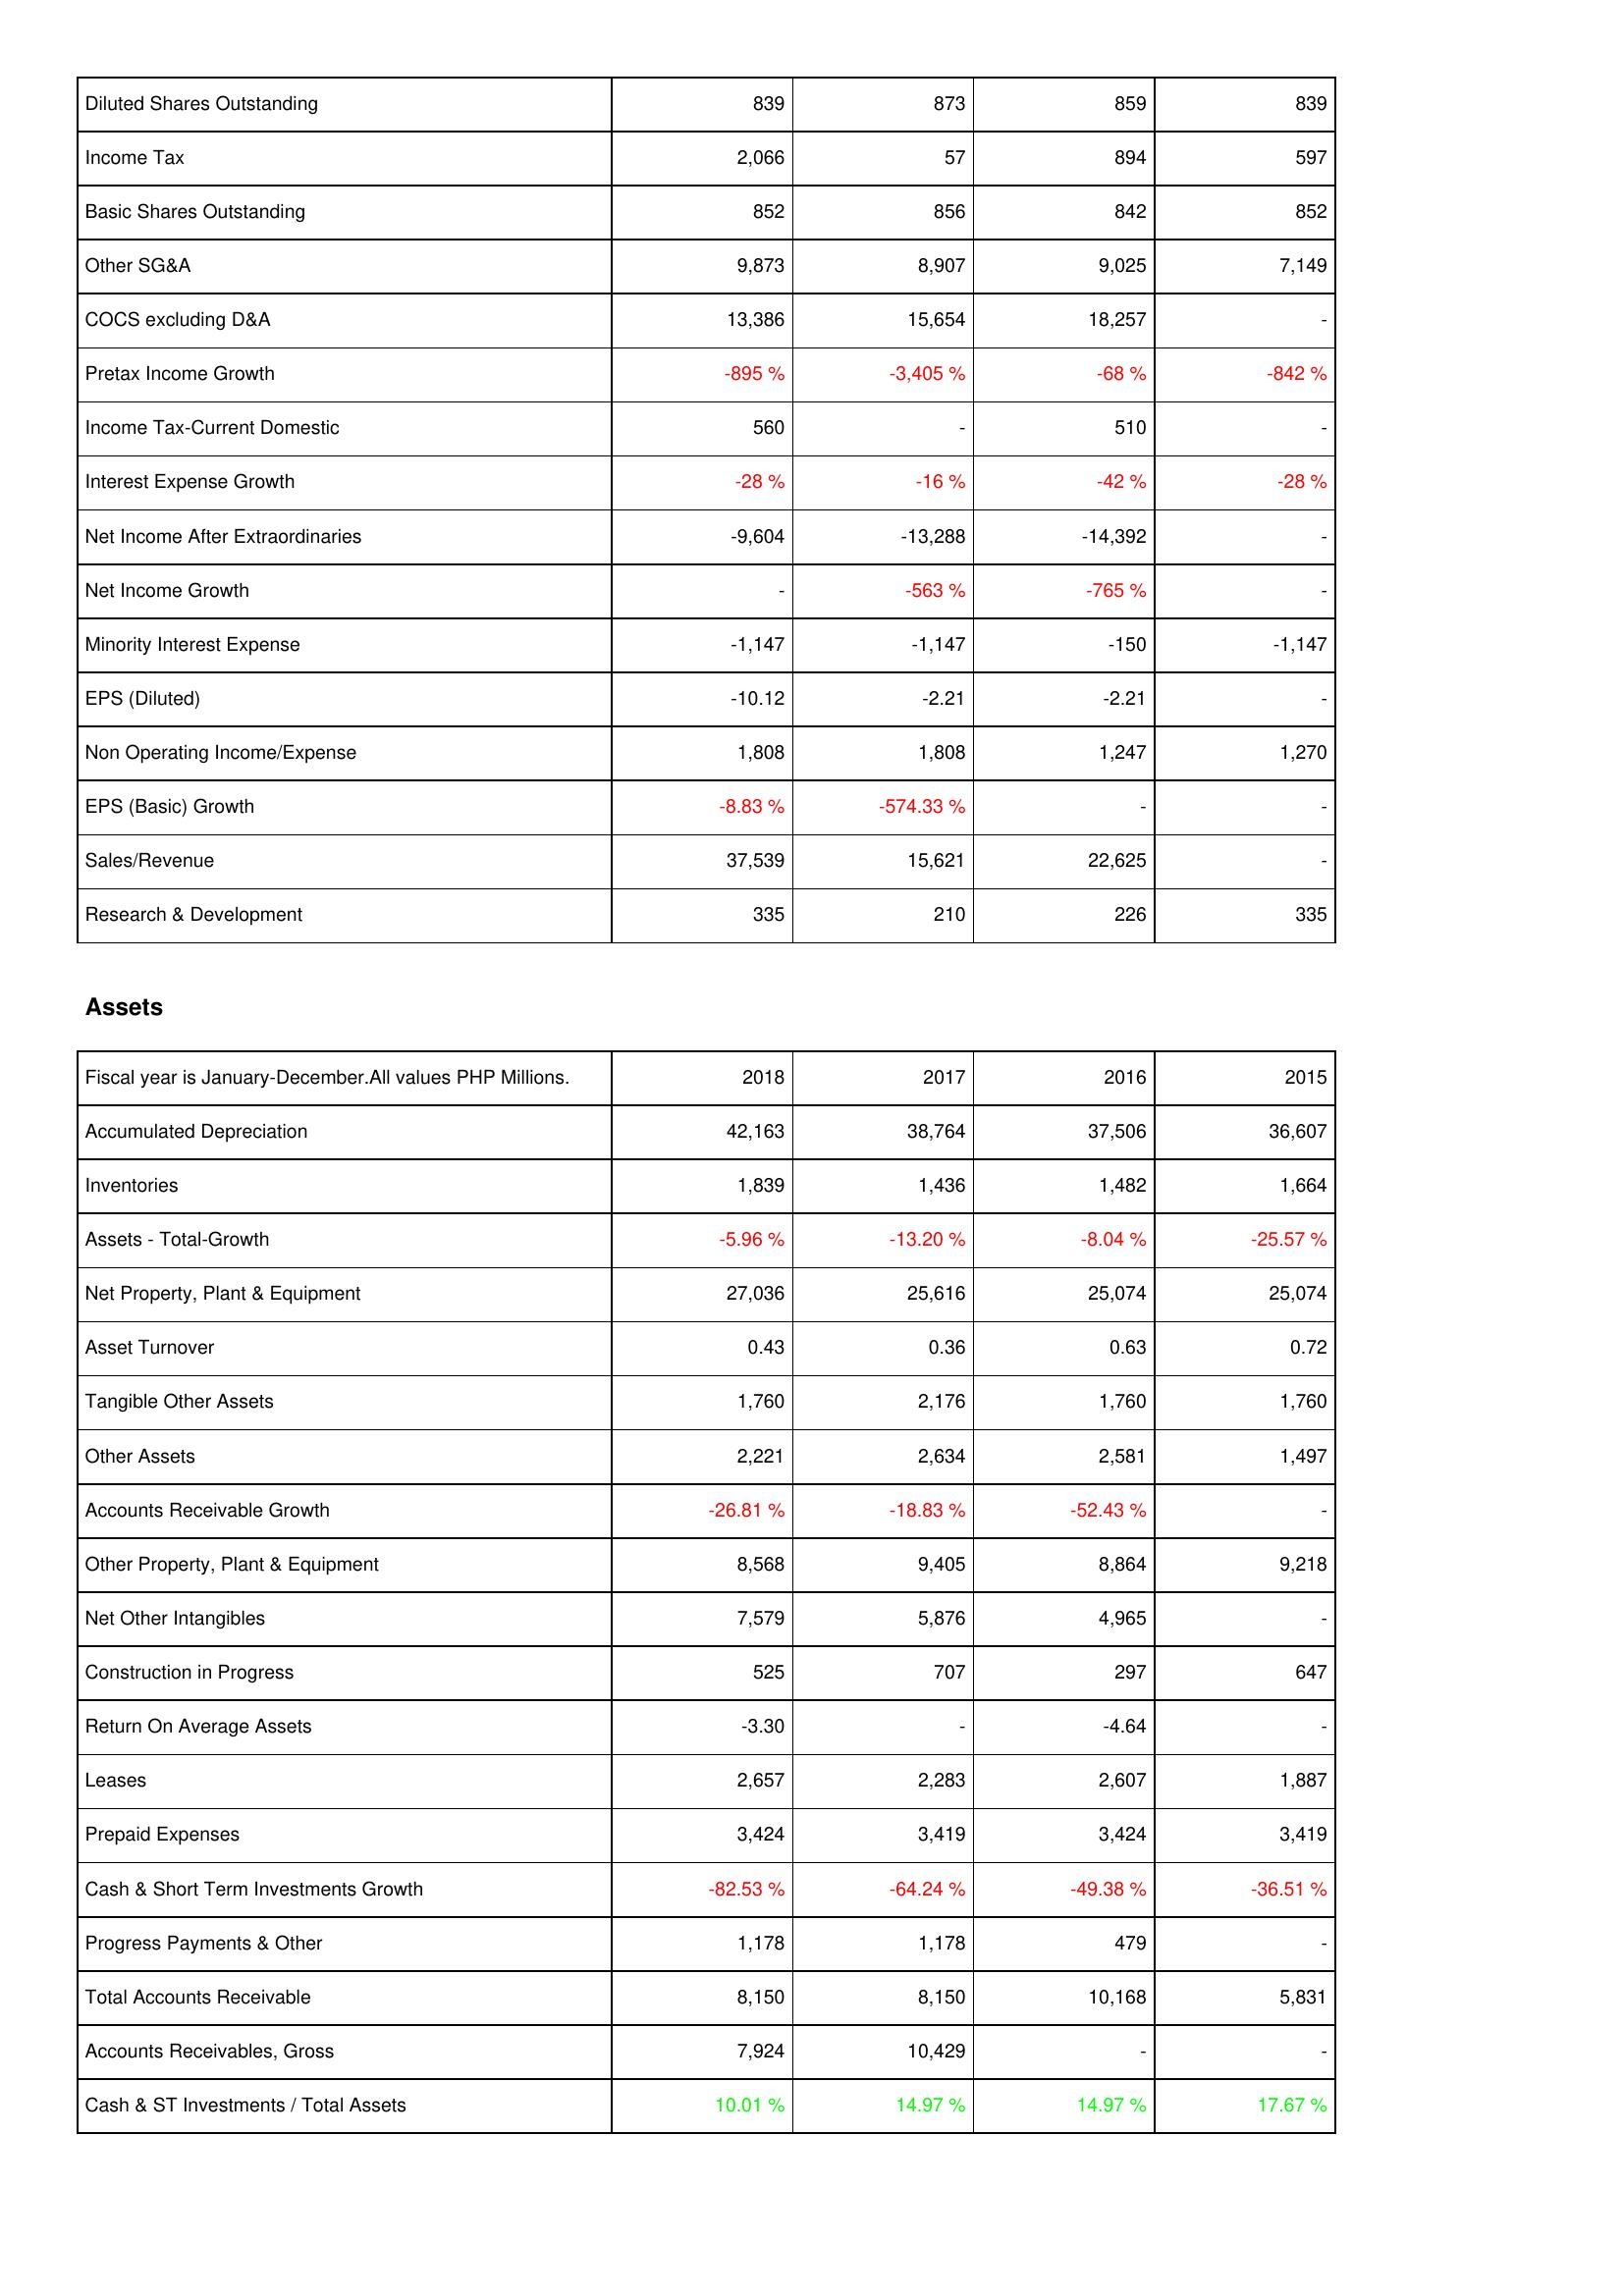
2018: Income Statement: Diluted Shares Outstanding: 839
Income Tax: 2,066
Basic Shares Outstanding: 852
Other SG&A: 9,873
COCS excluding D&A: 13,386
Pretax Income Growth: -895 %
Income Tax-Current Domestic: 560
Interest Expense Growth: -28 %
Net Income After Extraordinaries: -9,604
Net Income Growth: -
Minority Interest Expense: -1,147
EPS (Diluted): -10.12
Non Operating Income/Expense: 1,808
EPS (Basic) Growth: -8.83 %
Sales/Revenue: 37,539
Research & Development: 335
Assets: Accumulated Depreciation: 42,163
Inventories: 1,839
Assets - Total-Growth: -5.96 %
Net Property, Plant & Equipment: 27,036
Asset Turnover: 0.43
Tangible Other Assets: 1,760
Other Assets: 2,221
Accounts Receivable Growth: -26.81 %
Other Property, Plant & Equipment: 8,568
Net Other Intangibles: 7,579
Construction in Progress: 525
Return On Average Assets: -3.30
Leases: 2,657
Prepaid Expenses: 3,424
Cash & Short Term Investments Growth: -82.53 %
Progress Payments & Other: 1,178
Total Accounts Receivable: 8,150
Accounts Receivables, Gross: 7,924
Cash & ST Investments / Total Assets: 10.01 %
2017: Income Statement: Diluted Shares Outstanding: 873
Income Tax: 57
Basic Shares Outstanding: 856
Other SG&A: 8,907
COCS excluding D&A: 15,654
Pretax Income Growth: -3,405 %
Income Tax-Current Domestic: -
Interest Expense Growth: -16 %
Net Income After Extraordinaries: -13,288
Net Income Growth: -563 %
Minority Interest Expense: -1,147
EPS (Diluted): -2.21
Non Operating Income/Expense: 1,808
EPS (Basic) Growth: -574.33 %
Sales/Revenue: 15,621
Research & Development: 210
Assets: Accumulated Depreciation: 38,764
Inventories: 1,436
Assets - Total-Growth: -13.20 %
Net Property, Plant & Equipment: 25,616
Asset Turnover: 0.36
Tangible Other Assets: 2,176
Other Assets: 2,634
Accounts Receivable Growth: -18.83 %
Other Property, Plant & Equipment: 9,405
Net Other Intangibles: 5,876
Construction in Progress: 707
Return On Average Assets: -
Leases: 2,283
Prepaid Expenses: 3,419
Cash & Short Term Investments Growth: -64.24 %
Progress Payments & Other: 1,178
Total Accounts Receivable: 8,150
Accounts Receivables, Gross: 10,429
Cash & ST Investments / Total Assets: 14.97 %
2016: Income Statement: Diluted Shares Outstanding: 859
Income Tax: 894
Basic Shares Outstanding: 842
Other SG&A: 9,025
COCS excluding D&A: 18,257
Pretax Income Growth: -68 %
Income Tax-Current Domestic: 510
Interest Expense Growth: -42 %
Net Income After Extraordinaries: -14,392
Net Income Growth: -765 %
Minority Interest Expense: -150
EPS (Diluted): -2.21
Non Operating Income/Expense: 1,247
EPS (Basic) Growth: -
Sales/Revenue: 22,625
Research & Development: 226
Assets: Accumulated Depreciation: 37,506
Inventories: 1,482
Assets - Total-Growth: -8.04 %
Net Property, Plant & Equipment: 25,074
Asset Turnover: 0.63
Tangible Other Assets: 1,760
Other Assets: 2,581
Accounts Receivable Growth: -52.43 %
Other Property, Plant & Equipment: 8,864
Net Other Intangibles: 4,965
Construction in Progress: 297
Return On Average Assets: -4.64
Leases: 2,607
Prepaid Expenses: 3,424
Cash & Short Term Investments Growth: -49.38 %
Progress Payments & Other: 479
Total Accounts Receivable: 10,168
Accounts Receivables, Gross: -
Cash & ST Investments / Total Assets: 14.97 %
2015: Income Statement: Diluted Shares Outstanding: 839
Income Tax: 597
Basic Shares Outstanding: 852
Other SG&A: 7,149
COCS excluding D&A: -
Pretax Income Growth: -842 %
Income Tax-Current Domestic: -
Interest Expense Growth: -28 %
Net Income After Extraordinaries: -
Net Income Growth: -
Minority Interest Expense: -1,147
EPS (Diluted): -
Non Operating Income/Expense: 1,270
EPS (Basic) Growth: -
Sales/Revenue: -
Research & Development: 335
Assets: Accumulated Depreciation: 36,607
Inventories: 1,664
Assets - Total-Growth: -25.57 %
Net Property, Plant & Equipment: 25,074
Asset Turnover: 0.72
Tangible Other Assets: 1,760
Other Assets: 1,497
Accounts Receivable Growth: -
Other Property, Plant & Equipment: 9,218
Net Other Intangibles: -
Construction in Progress: 647
Return On Average Assets: -
Leases: 1,887
Prepaid Expenses: 3,419
Cash & Short Term Investments Growth: -36.51 %
Progress Payments & Other: -
Total Accounts Receivable: 5,831
Accounts Receivables, Gross: -
Cash & ST Investments / Total Assets: 17.67 %